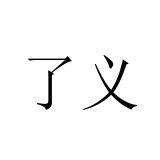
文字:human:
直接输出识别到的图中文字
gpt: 了义